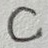
Text: C